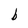
Character: b